Annual statistical returns and brief notes on vaccination in Bengal - 1909-1929
Year: 1909
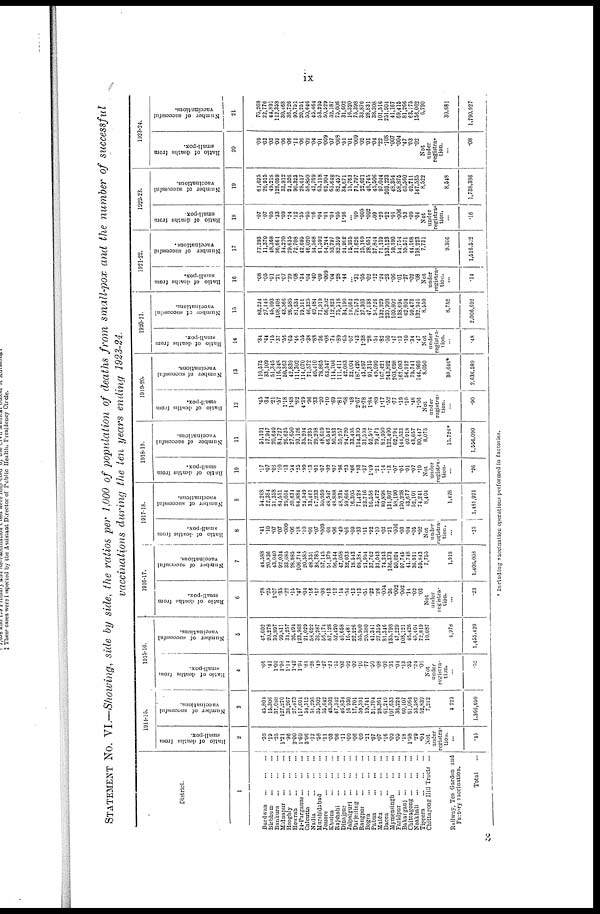
ix
STATEMENT No. VI.—Showing, side by side, the ratios per 1,000 of population of deaths from small-pox and the number of successful
vaccinations during the ten years ending 1923-24.
District.
1
Burdwan ... ... ... ... ...
Birbhum...
...
...
...
Bankura...
...
...
...
Midnapur... ... ... ... ...
Hooghly... ... ... ... ...
Howrah... ... ... ... ...
24-Parganas... ... ... ...
Calcutta...
...
...
...
Nadia...
...
...
...
Murshidabad... ... ...
Jessore...
...
...
...
Khulna...
...
...
...
Rajshahi...
...
...
...
Dinajpur...
...
...
...
Jalpaiguri...
...
...
Darjeeling...
...
...
Rangpur...
...
...
...
Bogra...
...
...
...
Pabna...
...
...
...
Malda...
...
...
...
Dacca
...
...
...
...
Mymensingh... ... ... ...
Faridpur...
...
...
...
Bakarganj... ... ... ...
Chittagong... ... ... ...
Noakhali...
...
...
Tippera...
...
...
...
Chittagong Hill Tracts ...
Railway, Tea Garden and
Factory vaccination.
Total...
1914-15.
Ratio of deaths from
small-pox.
2
.39
.19
.25
1.21
.96
2.00
1.60
3.06
.12
.58
.11
.03
.06
.11
.09
.06
.09
.21
.07
.07
.16
.09
.05
.18
1.58
.29
.04
Not
under
registra-
tion.
...
.45
Number of successful
vaccinations.
3
45,804
15,306
37,088
127,270
38,267
27,473
117,601
54,312
51,295
35,302
55,642
48,303
47,342
46,834
16,930
17,701
59,591
19,741
31,704
28,361
61,249
107,633
36,224
60,107
61,064
53,582
52,839
7,212
4,223
1,366,650
1915-16.
Ratio of deaths from
small-pox.
4
.66
.41
1.02
1.98
1.14
1.42
1.94
.81
.28
.49
.27
.21
.15
.03
.02
.09
.10
.77
.50
.08
.09
.31
.04
.13
.35
.24
.05
Not
under
registra-
tion.
...
.52
Number of successful
vaccinations.
5
47,602
20,278
39,897
99,811
34,257
26,494
123,968
21,029
53,622
36,287
56,174
57,128
52,420
46,658
16,481
22,226
55,900
20,380
41,341
27,359
81,346
135,798
47,229
108,121
46,426
45,404
72,819
10,087
4,978
1,455,420
1916-17.
Ratio of deaths from
small-pox.
6
.78
.25
1.07
.35
.22
.15
.47
.04
.16
.17
.08
.13
.12
.14
.54
.13
.13
.51
.22
.26
.004
.36
.002
.002
.14
.02
.03
Not
under
regista-
tion.
...
.23
Number of successful
vaccinations.
7
44,588
20,836
43,040
92,034
33,685
28,985
106,714
20,585
48,351
33,785
57,145
51,379
56,544
47,058
32,033
13,543
68,381
21,954
37,762
31,043
74,243
136,373
50,024
97,745
41,748
36,911
59,843
7,755
1,918
1,406,008
1917-18.
Ratio of deaths from
small-pox.
8
.41
.10
.07
.07
.009
.06
.18
.10
.01
.07
.009
.01
.06
.49
.66
.09
.33
.11
.92
.10
.02
.21
.006
.03
.04
.05
.02
Not
under
registra-
tion .
...
.15
Number of successful
vaccinations.
9
54,268
22,384
31,358
84,551
29,054
20,634
84,884
24,349
33,461
47,233
50,959
48,547
43,888
48,234
59,664
16,305
71,428
23,716
56,558
35,472
80,898
131,807
53,190
130,228
43,677
52,101
74,241
8,404
1,428
1,481,921
1918-19.
Ratio of deaths from
small-pox.
10
.17
.07
.06
.10
.13
.54
.25
.99
.13
.01
.07
.02
.07
.96
.23
.66
.93
.37
1.49
.21
.14
.13
.07
.01
.01
.07
.19
Not
under
registra-
tion.
...
.26
Number of successful
vaccinations.
11
51,101
17,947
20,640
84,727
26,625
27,650
93,126
35,204
37,235
29,208
48,619
46,542
50,533
59,257
24,720
33,495
134,399
31,593
52,507
29,471
82,950
132,400
62,794
144,533
40,918
43,657
90,447
8,075
15,726*
1,556,090
1919-20.
Ratio of deaths from
small-pox.
12
.45
.34
.21
.57
1.18
1.48
.82
4.39
.96
.33
.20
.10
.69
.81
.68
.48
2.67
2.78
1.84
.89
1.17
.52
.77
.19
.10
.46
1.06
Not
under
registra-
tion.
...
.90
Number of successful
vaccinations.
13
110,575
33,109
51,345
116,348
50,363
42,839
111,302
114,070
71,572
40,410
78,865
63,547
114,706
111,411
42,033
32,004
187,426
43,897
91,315
49,999
167,421
243,892
203,698
162,083
56,912
79,741
146,960
8,050
30,646*
2,636,589
1920-21.
Ratio of deaths from
small-pox.
14
.34
.44
.15
.37
.55
.65
.46
.55
.38
.88
.36
.03
.74
.89
.65
.07
.43
1.38
.28
.54
.82
.50
.47
.13
.10
.34
.47
Not
under
registra-
tion.
...
.48
Number of successful
vaccinations.
15
83,234
27,146
45,093
108,403
43,566
26,585
81,634
19,511
46,325
40,484
71,919
56,202
112,823
75,518
34,190
19,662
79,573
37,303
47,138
51,726
132,929
239,908
109,802
138,694
62,604
59,473
132,940
8,550
8,752
2,006,692
1921-22.
Ratio of deaths from
small-pox.
16
.08
.05
.01
.21
.07
.29
.08
.34
.04
.40
.09
.009
.04
.28
.44
...
.81
.05
.03
.12
.24
.23
.06
.01
.27
.02
.08
Not
under
registra-
tion.
...
.14
Number of successful
vaccinations.
17
77,293
11,370
48,368
96,661
34,270
29,635
72,708
42,695
46,020
34,568
61,592
64,244
53,797
82,359
24,962
15,935
31,626
25,169
28,651
37,844
71,139
153,123
59,390
54,754
59,571
44,168
138,223
7,731
9,366
l,616,502
1922-23.
Ratio of deaths from
small-pox.
18
.07
.07
.05
.33
.09
.24
.12
.35
.05
.16
.04
.01
.04
.05
1.36
...
.09
.005
.002
.09
.29
.22
.01
.006
.53
.09
.04
Not
under
registra-
tion.
...
.16
Number of successful
vaccinations.
19
61,625
20,915
49,218
128,059
33,912
24,526
90,323
28,617
58,850
43,769
63,118
62,904
63,648
82,457
34,671
15,763
71,797
22,621
48,745
45,506
97,044
203,223
48,354
58,875
65,560
49,711
147,535
8,522
8,548
1,738,386
1923-24.
Ratio of deaths from
small-pox.
20
.09
.03
.03
.09
.06
.06
.11
.06
.02
.04
.01
.009
.07
.003
.51
.01
.009
.02
.01
.04
.22
.108
.007
.004
.47
.03
.02
Not
under
registra-
tion.
...
.08
Number of successful
vaccinations.
21
70,268
22,776
44,891
112,358
30,468
36,726
99,751
20,251
50,646
45,464
53,295
50,529
52,187
75,006
31,602
16,320
75,398
33,876
28,831
38,308
101,516
251,904
41,167
69,415
81,266
63,175
156,062
6,790
30,681
1,790,927
* Including vaccination operations performed in factories.
3